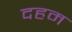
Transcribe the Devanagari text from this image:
दहम